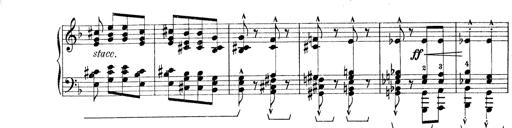
Title: Rapsodie: 19 ungheresi, 1 spagnuola
Composer: Franz Liszt